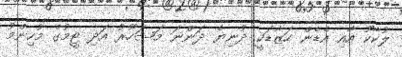
ލުކާކޫ އާއި އެޑެން ހަޒާޑަކީ ދުނިޔެ ދަންނަ މަޝަހޫރު އަދި ޓީމުގެ މުހިންމު